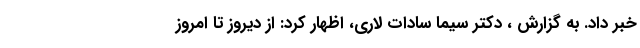
خبر داد. به گزارش ، دکتر سیما سادات لاری، اظهار کرد: از دیروز تا امروز